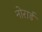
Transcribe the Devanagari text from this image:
नोरार्ड